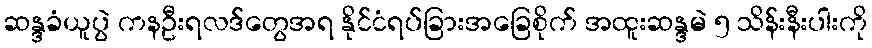
ဆန္ဒခံယူပွဲ ကနဦးရလဒ်တွေအရ နိုင်ငံရပ်ခြားအခြေစိုက် အထူးဆန္ဒမဲ ၅ သိန်းနီးပါးကို